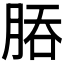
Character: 𬚻